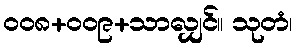
၀၀၈+၀၀၉+သာလျှင်။ သုတံ၊